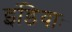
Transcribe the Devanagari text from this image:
इंडियाः